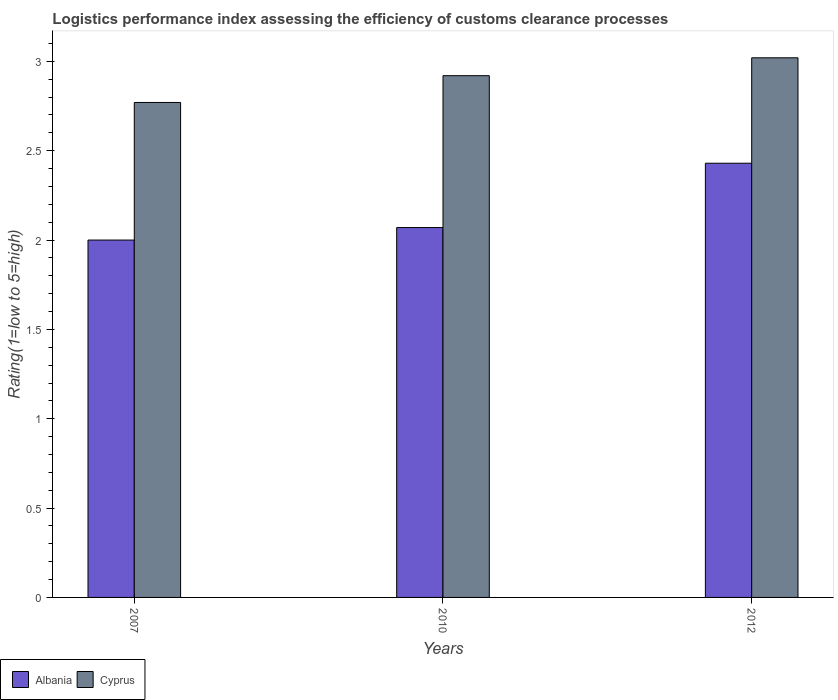
| Years | Albania | Cyprus |
 | --- | --- | --- |
 | 2007 | 2 | 2.77 |
 | 2010 | 2.07 | 2.92 |
 | 2012 | 2.43 | 3.02 |